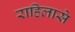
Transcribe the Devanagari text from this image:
राहिलासे